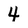
Character: 4